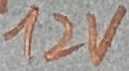
Text: 12V